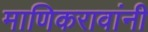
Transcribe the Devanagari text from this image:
माणिकरावांनी